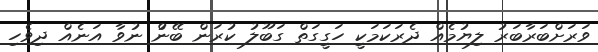
ވަރަށްބަރާބަރު ލިޔުމެއް ދެރަކަމަކީ ހަގީގަތް ގަބޫލު ކުރަން ބޭނުް ނުވާ އަނެއް ދިވެހި